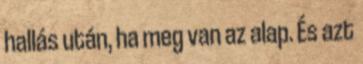
hallás után, ha meg van az alap. És azt